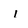
Character: I